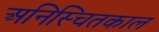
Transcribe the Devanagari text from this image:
अनिस्चितकाल